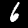
Digit: 6